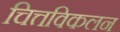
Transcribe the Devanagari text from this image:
चित्तविकलन